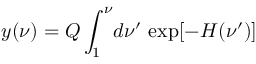
y ( \nu ) = Q \int _ { 1 } ^ { \nu } \! d \nu ^ { \prime } \, \exp [ - H ( \nu ^ { \prime } ) ] \,